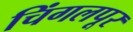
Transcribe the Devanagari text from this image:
चिंगलपूर